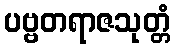
ပဗ္ဗတရာဇသုတ္တံ